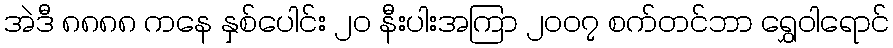
အဲဒီ ၈၈၈၈ ကနေ နှစ်ပေါင်း ၂၀ နီးပါးအကြာ ၂၀၀၇ စက်တင်ဘာ ရွှေဝါရောင်